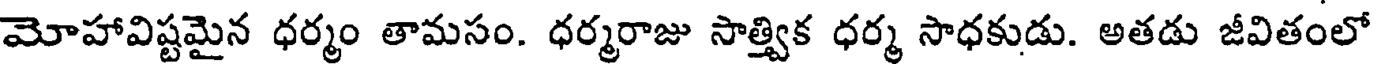
మోహావిష్టమైన ధర్మం తామసం. ధర్మరాజు సాత్త్విక ధర్మ సాధకుడు. అతడు జీవితంలో